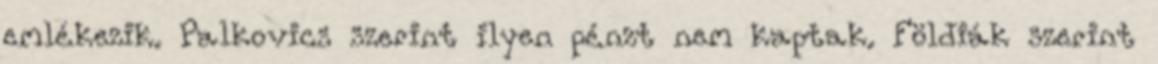
emlékezik. Palkovics szerint ilyen pénzt nem kaptak. Földiák szerint